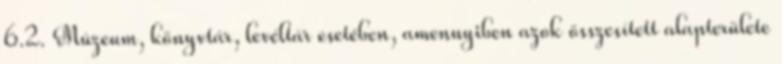
6.2. Múzeum, könyvtár, levéltár esetében, amennyiben azok összesített alapterülete